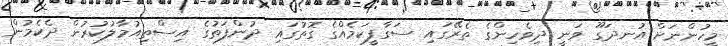
މީހުންނަށް އުނދަގޫ ވަނީ ދިވެހިންގެ ތެރޭގައި ސަގާފީކަމެއްގެ ގޮތުގައި ދުންފަތުގެ އިސްތިއުމާލުކުރުން ދެކެމުން